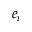
e _ { i }